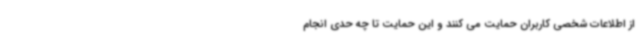
از اطلاعات شخصی کاربران حمایت می کنند و این حمایت تا چه حدی انجام